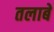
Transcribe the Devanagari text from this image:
तलाबे